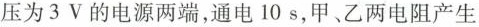
压为3V的电源两端，通电10s，甲、乙两电阻产生